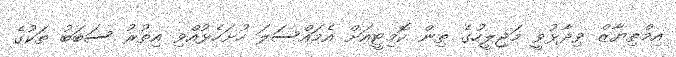
އިމްތިޔާޒް ވިދާޅުވީ މަޖިލީހުގެ ތިން ކޮމިޓީއަށް އެމައްސަލަ ހުށަހެޅުއްވި އިތުރު ސަބަބު ތަކުގެ